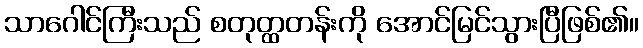
သာဂေါင်ကြီးသည် စတုတ္ထတန်းကို အောင်မြင်သွားပြီဖြစ်၏။